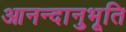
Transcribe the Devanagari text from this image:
आनन्‍दानुभूति